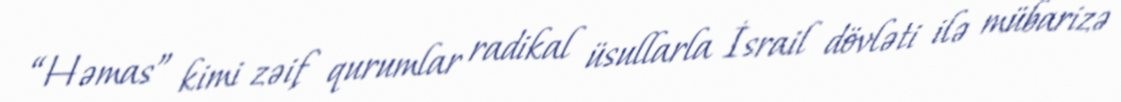
“Həmas” kimi zəif qurumlar radikal üsullarla İsrail dövləti ilə mübarizə